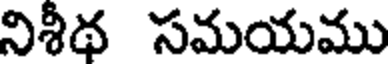
నిశీథ సమయము